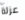
عزلة